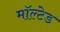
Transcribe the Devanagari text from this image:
मॉल्टेड